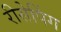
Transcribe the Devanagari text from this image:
रीसेपिंग